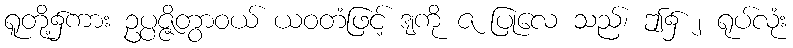
ရူတို့၌ကား ဥပ္ပဇ္ဇိတွာဝယ် ယဝတံဖြင့် ဒျကို ဇ ပြုလေ သည်၊ ဤ၌ ၂ ရုပ်လုံး